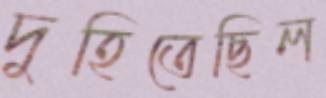
দুহিতেছিল